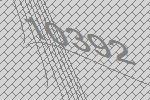
10392